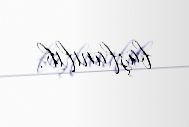
başlanılıb.